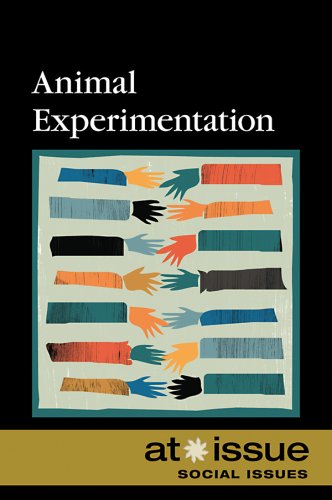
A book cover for Animal Experimentation (At Issue Series); Teen & Young Adult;